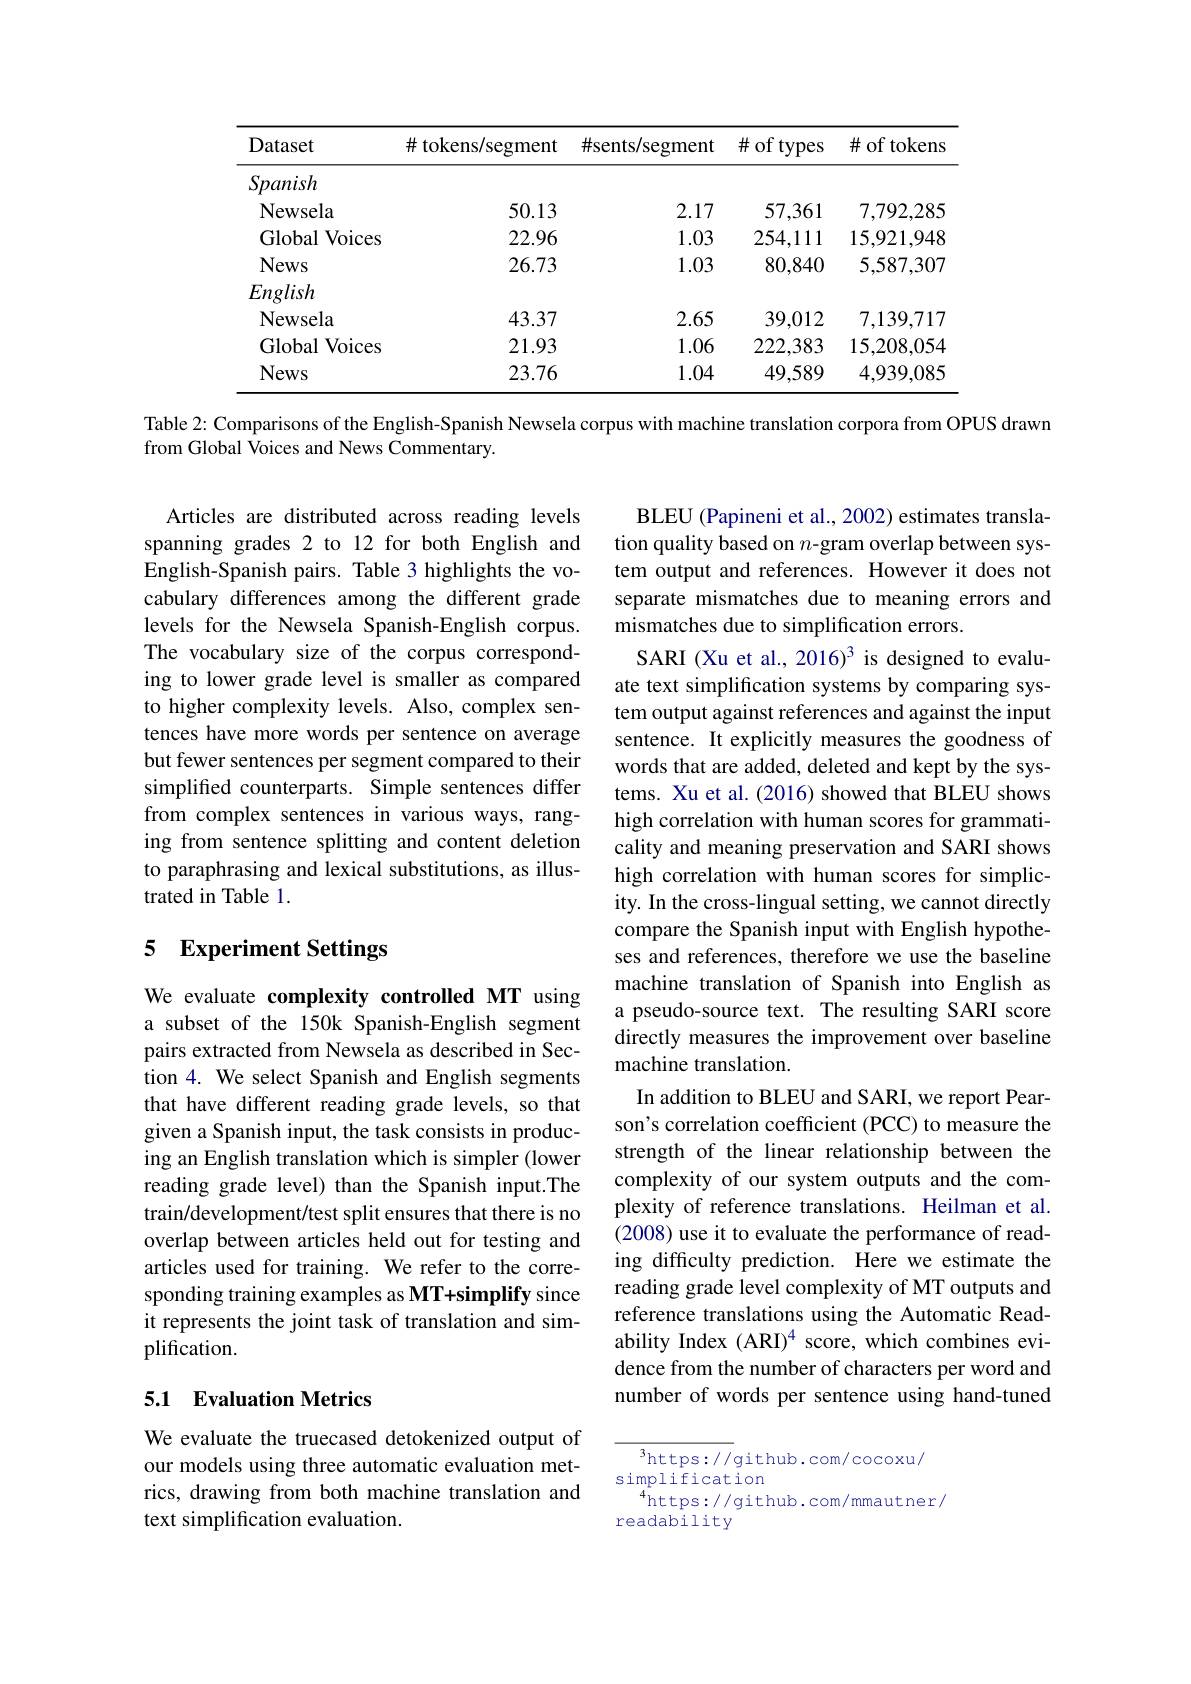
<table>
	<tbody>
		<tr>
			<th>Dataset</th>
			<th>$\#$ tokens/segment</th>
			<th>$\#$sents/segment</th>
			<th>$\#$ of types</th>
			<th>$\#$ of tokens</th>
		</tr>
		<tr>
			<td>Spanish</td>
			<td> </td>
			<td> </td>
			<td> </td>
			<td> </td>
		</tr>
		<tr>
			<td>Newsela</td>
			<td>50.13</td>
			<td>2.17</td>
			<td>57,361</td>
			<td>7,792,285</td>
		</tr>
		<tr>
			<td>Global $\mathbf{I}$Voices</td>
			<td>22.96</td>
			<td>1.03</td>
			<td>254,111</td>
			<td>15,921,948</td>
		</tr>
		<tr>
			<td>News</td>
			<td>26.73</td>
			<td>1.03</td>
			<td>80,840</td>
			<td>5,587,307</td>
		</tr>
		<tr>
			<td>English</td>
			<td> </td>
			<td> </td>
			<td> </td>
			<td> </td>
		</tr>
		<tr>
			<td>Newsela</td>
			<td>43.37</td>
			<td>2.65</td>
			<td>39,012</td>
			<td>7,139,717</td>
		</tr>
		<tr>
			<td>Global $\textbf{l}$Voices</td>
			<td>21.93</td>
			<td>1.06</td>
			<td>222,383</td>
			<td>15,208,054</td>
		</tr>
		<tr>
			<td>News</td>
			<td>23.76</td>
			<td>1.04</td>
			<td>49,589</td>
			<td>4,939,085</td>
		</tr>
	</tbody>
</table>

Table 2: Comparisons of the English-Spanish Newsela corpus with machine translation corpora from OPUS drawn
from Global Voices and News Commentary.

Articles are distributed across reading levels spanning grades 2 to 12 for both English and English-Spanish pairs. Table 3 highlights the vocabulary differences among the different grade levels for the Newsela Spanish-English corpus. The vocabulary size of the corpus corresponding to lower grade level is smaller as compared to higher complexity levels. Also, complex sentences have more words per sentence on average but fewer sentences per segment compared to their simplified counterparts. Simple sentences differ from complex sentences in various ways, ranging from sentence splitting and content deletion to paraphrasing and lexical substitutions, as illustrated in Table 1.

### 5 Experiment Settings

BLEU (Papineni et al., 2002) estimates translation quality based on $n$-gram overlap between system output and references. However it does not separate mismatches due to meaning errors and mismatches due to simplification errors.
SARI (Xu et al., 2016)$^{3}$ is designed to evaluate text simplification systems by comparing system output against references and against the input sentence. It explicitly measures the goodness of words that are added, deleted and kept by the systems. Xu et al. (2016) showed that BLEU shows high correlation with human scores for grammaticality and meaning preservation and SARI shows high correlation with human scores for simplicity. In the cross-lingual setting, we cannot directly compare the Spanish input with English hypotheses and references, therefore we use the baseline machine translation of Spanish into English as a pseudo-source text. The resulting SARI score directly measures the improvement over baseline machine translation.
In addition to BLEU and SARI, we report Pearson's correlation coefficient (PCC) to measure the strength of the linear relationship between the complexity of our system outputs and the complexity of reference translations. Heilman et al. (2008) use it to evaluate the performance of reading difficulty prediction. Here we estimate the reading grade level complexity of MT outputs and reference translations using the Automatic Readability Index (ARI)$^{4}$ score, which combines evidence from the number of characters per word and number of words per sentence using hand-tuned

We evaluate complexity controlled MT using a subset of the 150k Spanish-English segment pairs extracted from Newsela as described in Section 4. We select Spanish and English segments that have different reading grade levels, so that given a Spanish input, the task consists in producing an English translation which is simpler (lower reading grade level) than the Spanish input.The train/development/test split ensures that there is no overlap between articles held out for testing and articles used for training. We refer to the corresponding training examples as MT+simplify since it represents the joint task of translation and simplification.

## 5.1 Evaluation Metrics

We evaluate the truecased detokenized output of our models using three automatic evaluation metrics, drawing from both machine translation and text simplification evaluation.

$^3$https://github.com/cocoxu/
simplification
$^{4}$https://github.com/mmautner/
readability